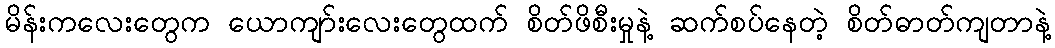
မိန်းကလေးတွေက ယောကျာ်းလေးတွေထက် စိတ်ဖိစီးမှုနဲ့ ဆက်စပ်နေတဲ့ စိတ်ဓာတ်ကျတာနဲ့